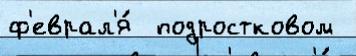
ф'еврал'я́  подростковом